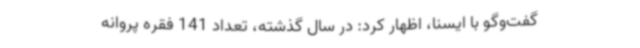
گفت‌وگو با ایسنا، اظهار کرد: در سال گذشته، تعداد 141 فقره پروانه